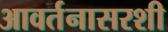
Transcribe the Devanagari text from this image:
आवर्तनासरशी